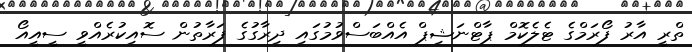
ތްރީ އާރު ފޯރަމްގެ ޓެލެކޮމް ޕާޓްނަޝިޕް އެއްބަސްވުމުގައި ދިރާގުގެ ފަރާތުން ސޮއިކުރެއްވީ ސީއީއޯ